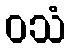
ဝသံ